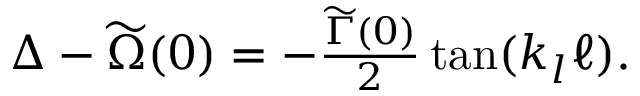
\begin{array} { r } { \Delta - \widetilde \Omega ( 0 ) = - \frac { \widetilde \Gamma ( 0 ) } { 2 } \tan ( k _ { l } \ell ) . } \end{array}